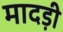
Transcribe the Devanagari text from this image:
मादड़ी